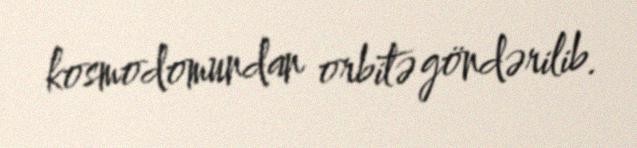
kosmodomundan orbitə göndərilib.